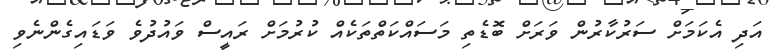
އަދި އެކަމަށް ސަރުކާރުން ވަރަށް ބޮޑެތި މަސައްކަތްތަކެއް ކުރުމަށް ރައީސް ވައުދުވެ ވަޑައިގެންނެވި